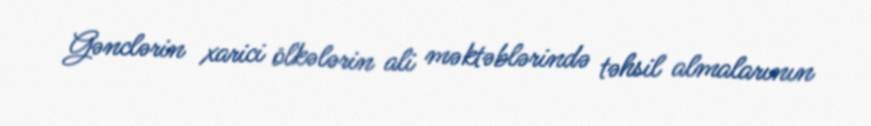
Gənclərin xarici ölkələrin ali məktəblərində təhsil almalarının